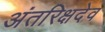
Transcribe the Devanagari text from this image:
अंतरिक्षदेव